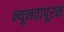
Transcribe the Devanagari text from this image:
न्यूनतापूरक